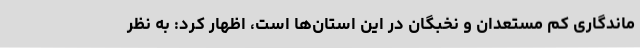
ماندگاری کم مستعدان و نخبگان در این استان‌ها است، اظهار کرد: به نظر